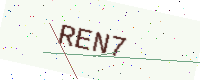
Text: REN7